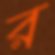
র